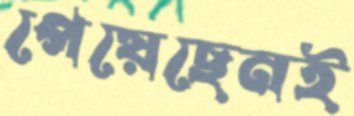
পেয়েছেনই